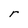
Character: r